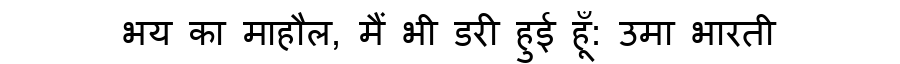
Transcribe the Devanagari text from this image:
भय का माहौल, मैं भी डरी हुई हूँ: उमा भारती